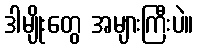
ဒါမျိုးတွေ အများကြီးပဲ။